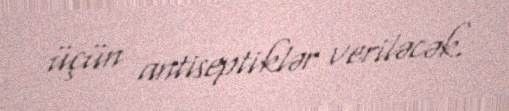
üçün antiseptiklər veriləcək.